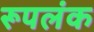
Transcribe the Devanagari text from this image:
रूपलंक